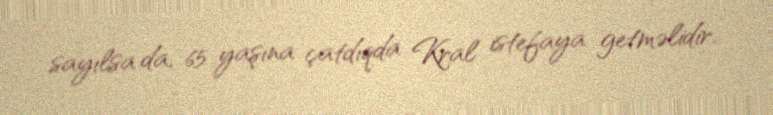
sayılsa da, 65 yaşına çatdıqda Kral istefaya getməlidir.